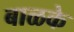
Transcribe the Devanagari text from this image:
बाळके